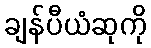
ချန်ပီယံဆုကို